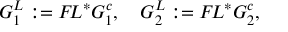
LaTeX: G _ { 1 } ^ { L } : = { \cal F } \! L ^ { * } G _ { 1 } ^ { c } , \quad G _ { 2 } ^ { L } : = { \cal F } \! L ^ { * } G _ { 2 } ^ { c } ,